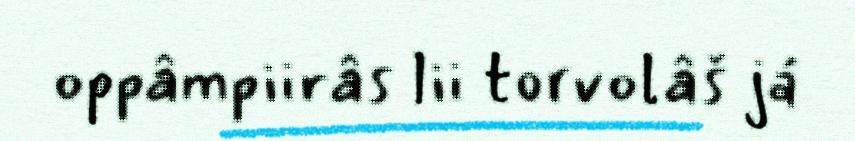
oppâmpiirâs lii torvolâš já